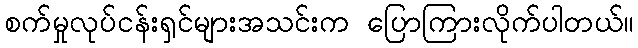
စက်မှုလုပ်ငန်းရှင်များအသင်းက ပြောကြားလိုက်ပါတယ်။